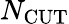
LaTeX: N_{\textrm{CUT}}